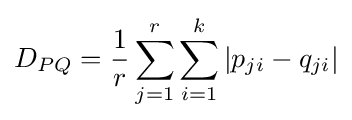
D_{PQ}={\frac {1}{r}}\sum _{j=1}^{r}\sum _{i=1}^{k}|p_{ji}-q_{ji}|